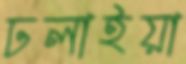
ঢলাইয়া